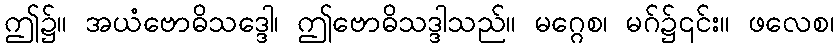
ဤ၌။ အယံဗောဓိသဒ္ဒေါ၊ ဤဗောဓိသဒ္ဒါသည်။ မဂ္ဂေစ၊ မဂ်၌၎င်း။ ဖလေစ၊